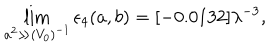
\lim _ { a ^ { 2 } \gg ( V _ { 0 } ) ^ { - 1 } } \epsilon _ { 4 } ( a , b ) = [ - 0 . 0 1 3 2 ] \lambda ^ { - 3 } ,